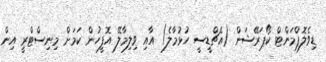
ޑިވެލޮޕްމަންޓް ކޯޕަރޭޝަން (އެޗްޑީސީ ހުޅުމާލެ) އާއި ވިިލިމާލޭ އޮފީހުން ކަމަށް މިނިސްޓްރީ އިން